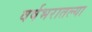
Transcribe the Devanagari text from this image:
वर्षभरातल्या